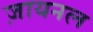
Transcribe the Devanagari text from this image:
ज़ायनल